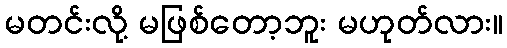
မတင်းလို့ မဖြစ်တော့ဘူး မဟုတ်လား။